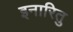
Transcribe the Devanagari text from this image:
इनारितु